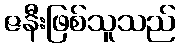
ဇနီးဖြစ်သူသည်